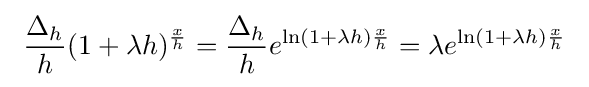
\ {\frac {\Delta _{h}}{h}}(1+\lambda h)^{\frac {x}{h}}={\frac {\Delta _{h}}{h}}e^{\ln(1+\lambda h){\frac {x}{h}}}=\lambda e^{\ln(1+\lambda h){\frac {x}{h}}}\